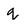
Character: q